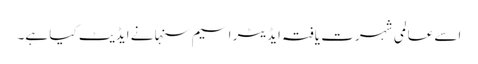
اسے عالمی شہرت یافتہ ایڈیٹر اسیم سنہا نے ایڈیٹ کیا ہے۔